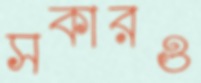
সকারও